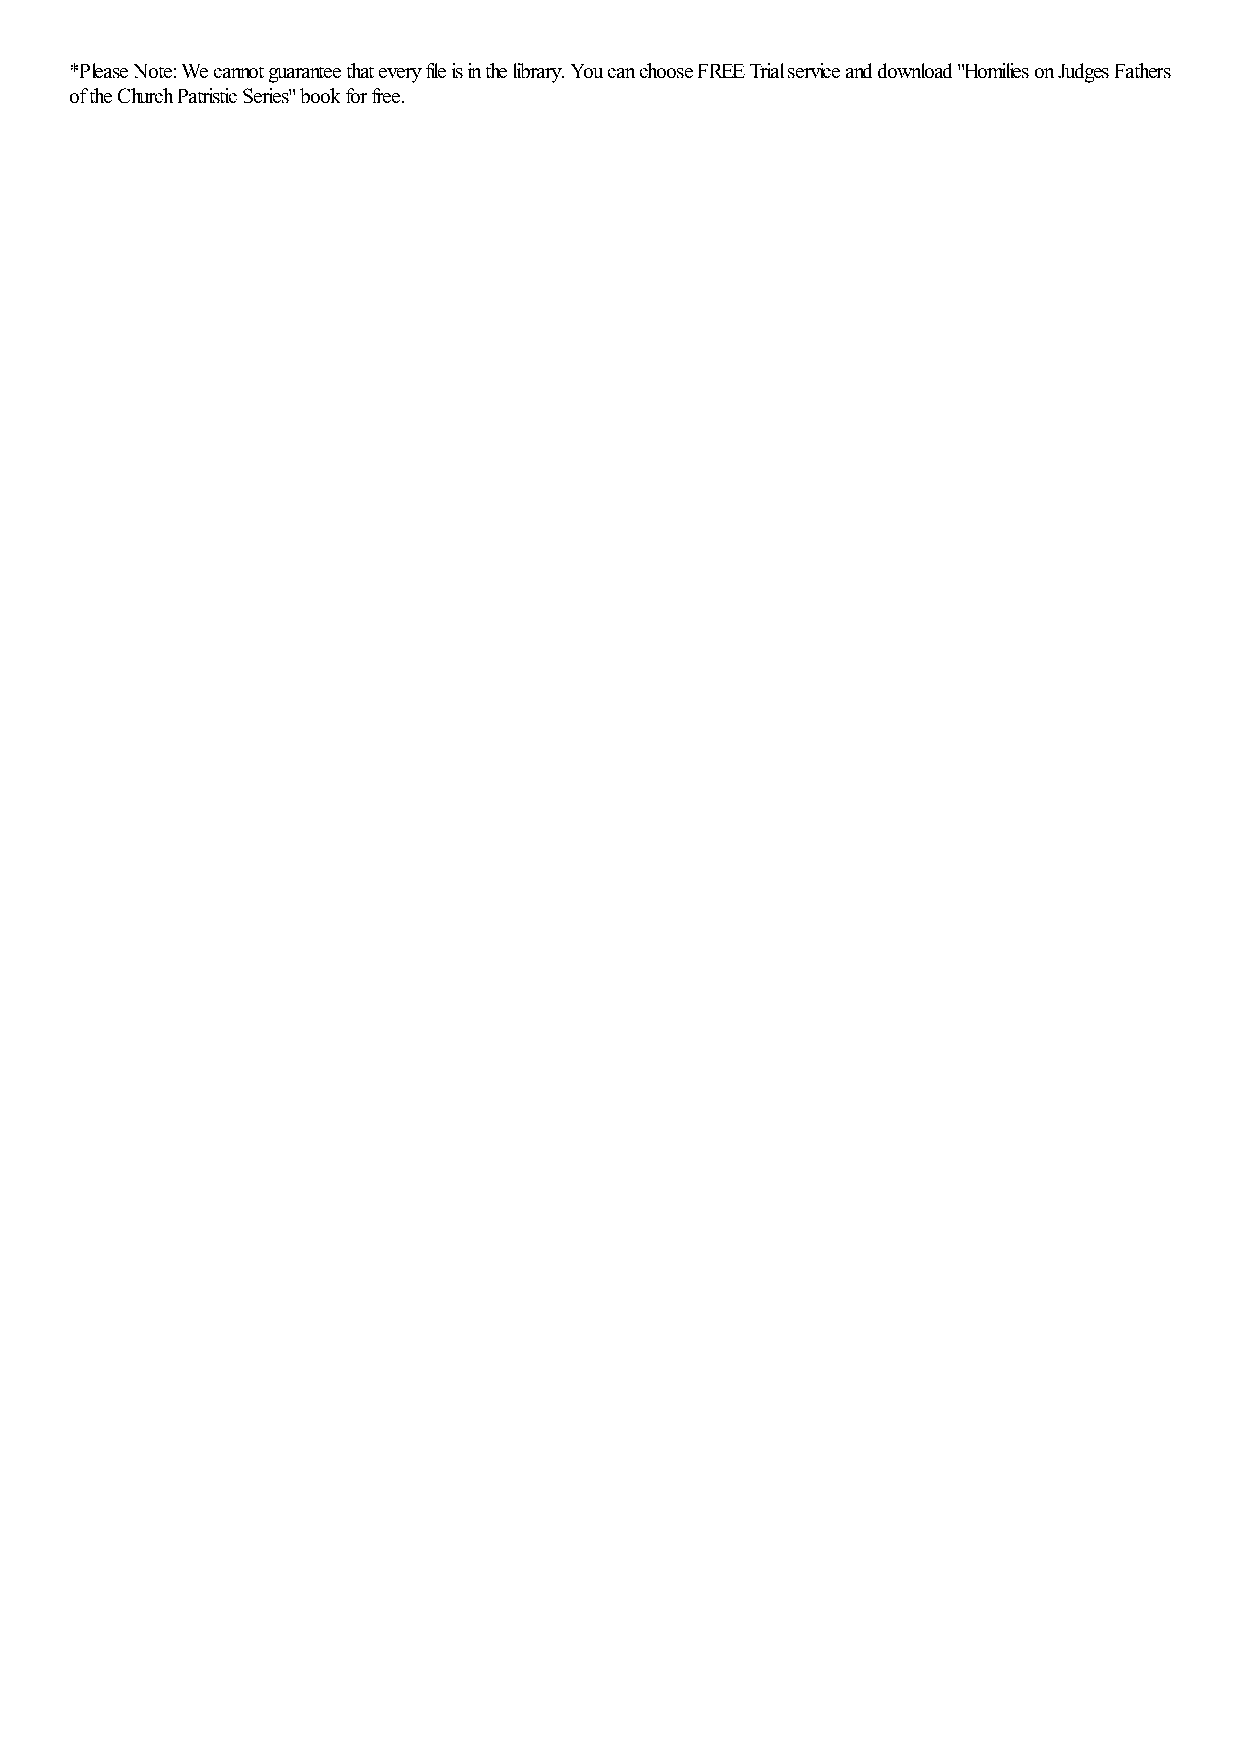
*Please Note: We cannot guarantee that every file is in the library. You can choose FREE Trial service and download "Homilies on Judges Fathers
 of the Church Patristic Series" book for free.